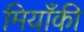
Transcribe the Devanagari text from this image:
मियाँकी